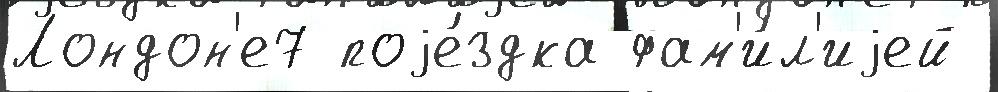
Лондон'е7 поjе́здка фам'и́л'иjей